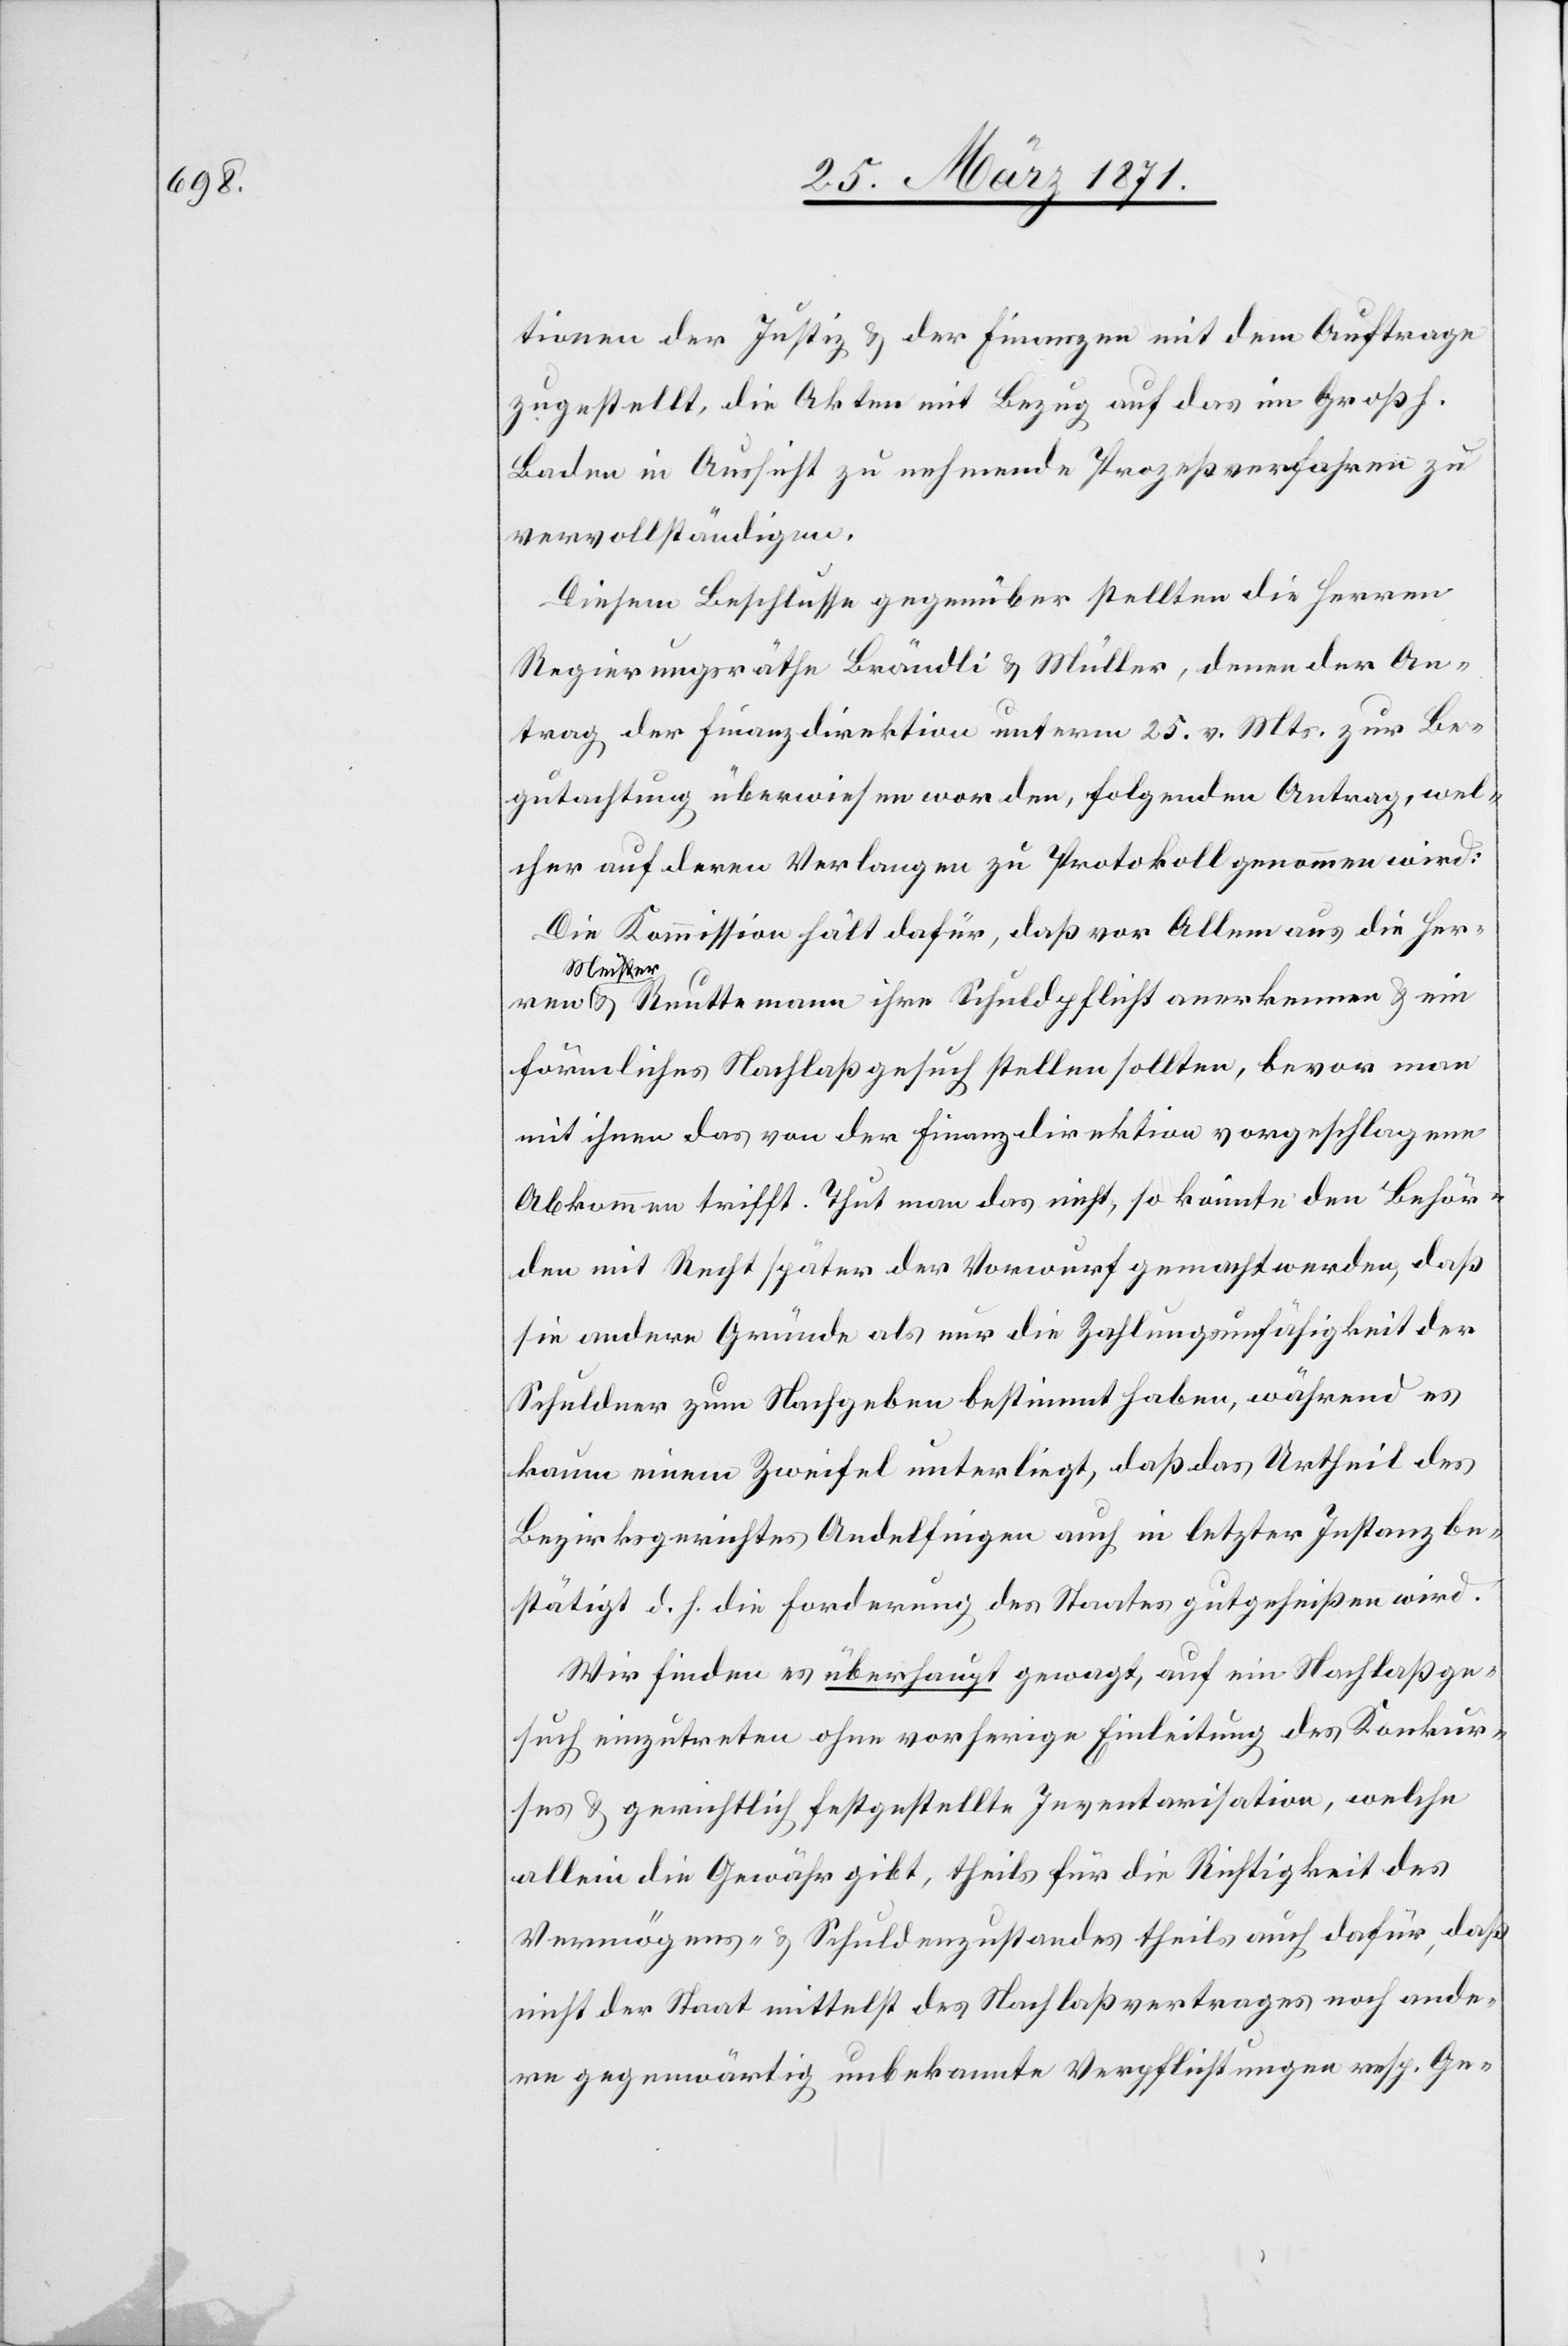
tionen der Justiz u. der Finanzen mit dem Auftrage
zugestellt, die Akten mit Bezug auf das im Großh.
Baden in Aussicht zu nehmende Prozeßverfahren zu
vervollständigen.
Diesem Beschlusse gegenüber stellten die Herren
Regierungsräthe Brändli u. Müller, denen der An¬
trag der Finanzdirektion unterm 25. v. Mts. zur Be¬
gutachtung überwiesen worden, folgenden Antrag, wel¬
cher auf deren Verlangen zu Protokoll genommen wird:
Die Kommission hält dafür, daß vor Allem aus die Herren
Meiste¬
r u. Reuttemann ihre Schuldpflicht anerkennen u. ein
förmliches Nachlaßgesuch stellen sollten, bevor man
mit ihnen das von der Finanzdirektion vorgeschlagene
Abkommen trifft. Thut man das nicht, so könnte den Behör¬
den mit Recht später der Vorwurf gemacht werden, daß
sie andere Gründe als nur die Zahlungsunfähigkeit der
Schuldner zum Nachgeben bestimmt haben, während es
kaum einem Zweifel unterliegt, daß das Urtheil des
Bezirksgerichtes Andelfingen auch in letzter Instanz be¬
stätigt d. h. die Forderung des Staates gutgeheißen wird.
Wir finden es überhaupt gewagt, auf ein Nachlaßge¬
such einzutreten ohne vorherige Einleitung des Konkur¬
ses u. gerichtlich festgestellte Inventarisation, welche
allein die Gewähr gibt, theils für die Richtigkeit des
Vermögens- u. Schuldenzustandes theils auch dafür, daß
nicht der Staat mittelst des Nachlaßvertrages noch ande¬
re gegenwärtig unbekannte Verpflichtungen resp. Ge-